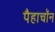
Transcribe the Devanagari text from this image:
पैहाचॉन